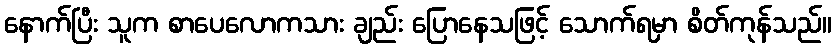
နောက်ပြီး သူက စာပေလောကသား ချည်း ပြောနေသဖြင့် သောက်ရမှာ စိတ်ကုန်သည်။